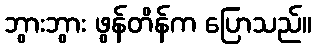
ဘွားဘွား ဖွန်တိန်က ပြောသည်။